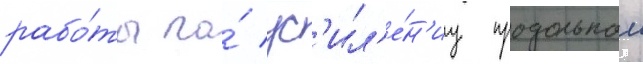
рабо́ты по́ ус'ил'е́н'иу продольнои